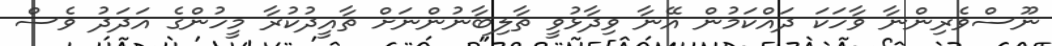
ނޫސްވެރިންނާ ވާހަކަ ދައްކަމުން އޭނާ ވިދާޅުވީ ތާލިބާނުންނަށް ތާއީދުކުރާ މީހުންގެ އަދަދު ވެސް